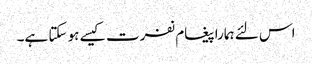
اس لئے ہمارا پیغام نفرت کیسے ہو سکتا ہے۔